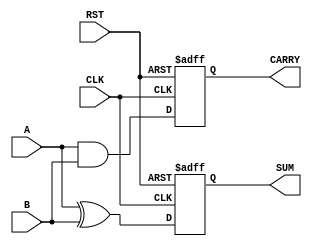
module sequential_half_adder (
    input wire A,          // First input bit
    input wire B,          // Second input bit
    input wire CLK,        // Clock signal
    input wire RST,        // Reset signal
    output reg SUM,        // Sum output
    output reg CARRY       // Carry output
);

// Internal state registers to hold previous sum and carry values
reg prev_sum;
reg prev_carry;

// Always block for sequential logic
always @(posedge CLK or posedge RST) begin
    if (RST) begin
        // Reset the state registers
        prev_sum <= 1'b0;
        prev_carry <= 1'b0;
        SUM <= 1'b0;
        CARRY <= 1'b0;
    end else begin
        // Compute current sum and carry
        SUM <= A ^ B;         // SUM = A XOR B
        CARRY <= A & B;      // CARRY = A AND B
        
        // Update previous state registers
        prev_sum <= SUM;
        prev_carry <= CARRY;
    end
end

endmodule